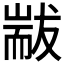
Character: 𦓗